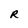
Character: R